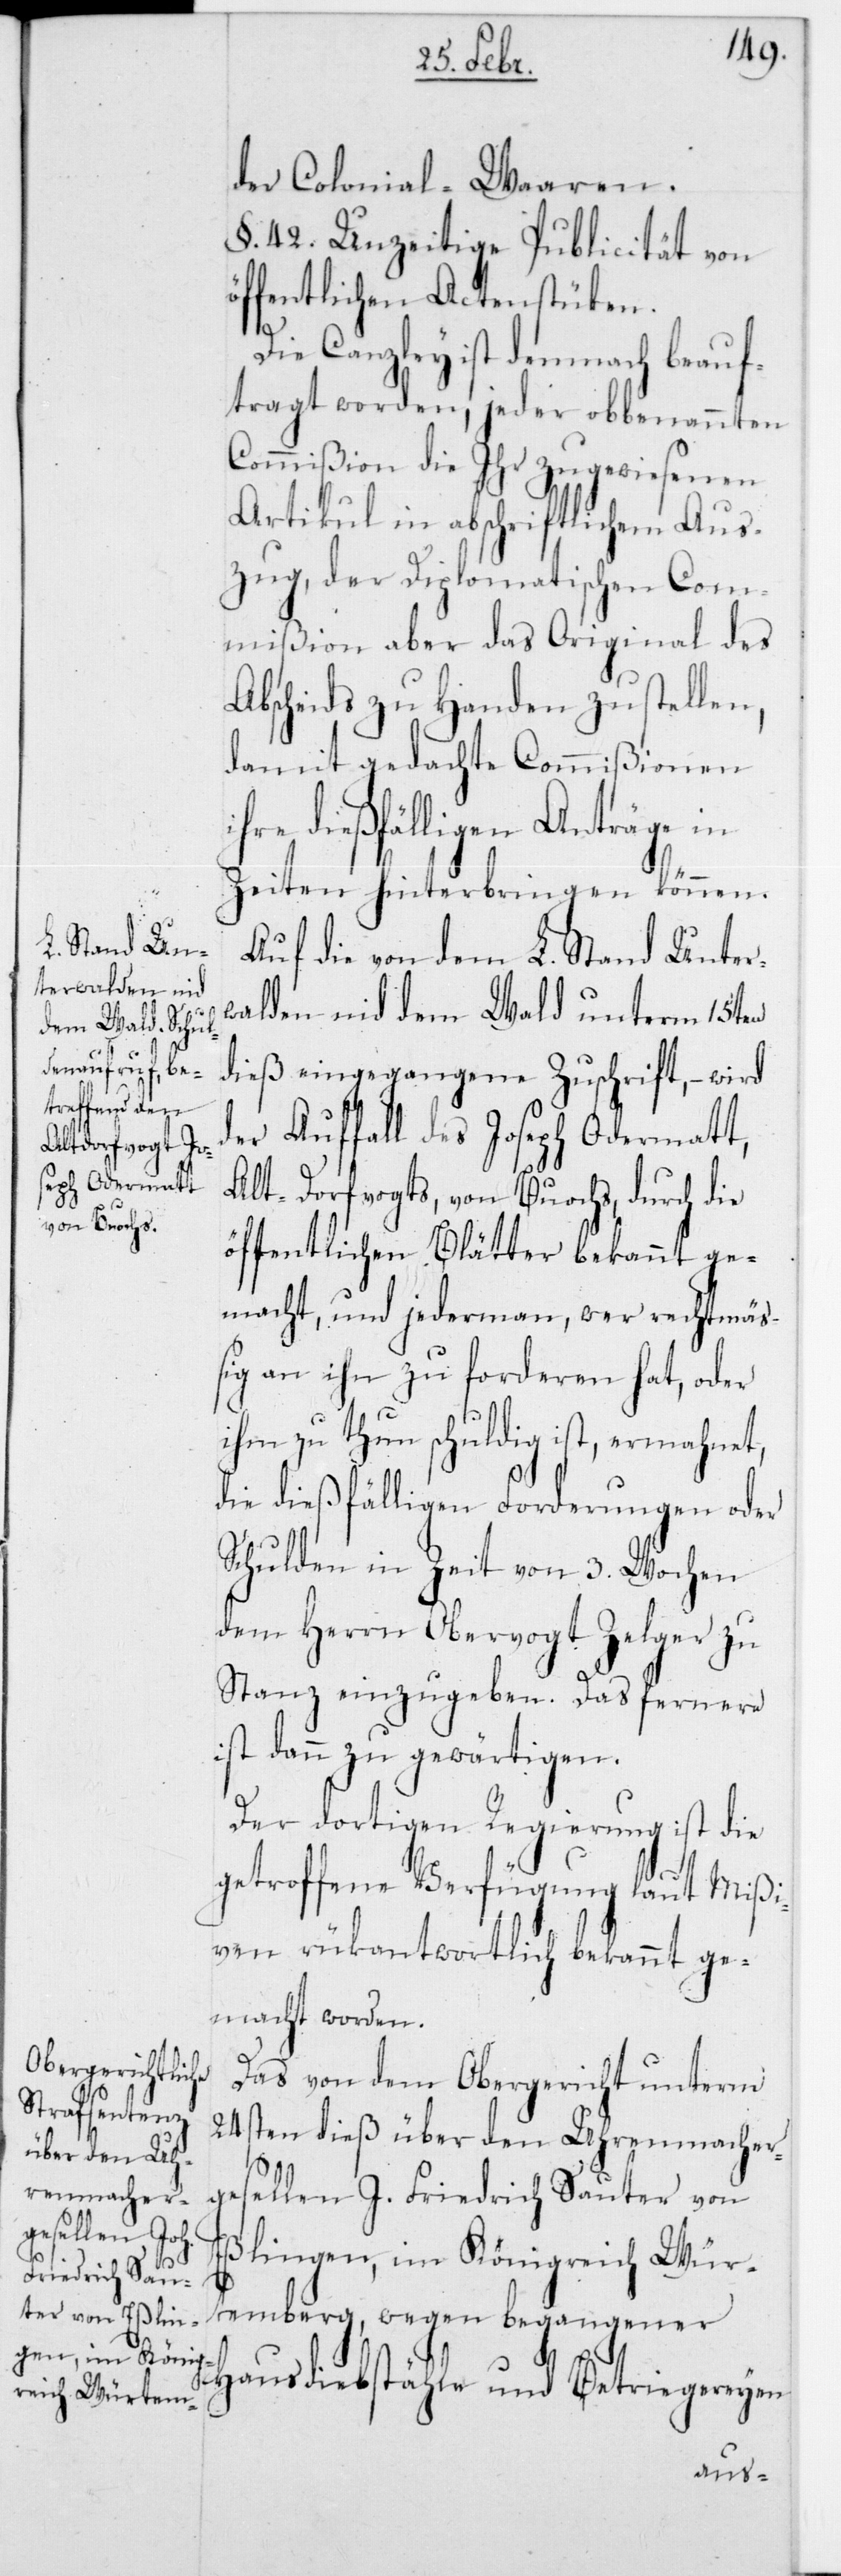
der Colonial-Waaren.
§ 42. Unzeitige Publicität von
öffentlichen Actenstüken.
Die Canzley ist demnach beauf¬
tragt worden, jeder obbenannten
Commißion die Ihr zugewiesenen
Artikul in abschriftlichem Aus¬
zug, der Diplomatischen Com¬
mißion aber das Original des
Abscheids zu Handen zu stellen,
damit gedachte Commißionen
ihre dießfälligen Anträge in
Zeiten hinterbringen können.
Auf die von dem L. Stand Unter¬
walden nid dem Wald unterm 15ten
dieß eingegangene Zuschrift, – wird
der Auffall des Joseph Odermatt,
Alt-Dorfvogts, von Buochs, durch die
öffentlichen Blätter bekannt ge¬
macht, und jedermann, wer rechtmäs¬
sig an ihn zu forderen hat, oder
ihm zu thun schuldig ist, ermahnet,
die dießfälligen Forderungen oder
Schulden in Zeit von 3 Wochen
dem Herrn Obervogt Zelger zu
Stanz einzugeben. Das Fernere
ist dann zu gewärtigen.
Der dortigen Regierung ist die
getroffene Verfügung laut Mißi¬
ven rückantwortlich bekannt ge¬
macht worden.
Das von dem Obergericht unterm
24sten dieß über den Uhrenmacher¬
gesellen J. Friedrich Sauter von
Eßlingen, im Königreich Wür¬
temberg, wegen begangener
Hausdiebstähle und Betriegereyen